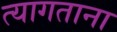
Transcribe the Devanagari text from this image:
त्यागताना